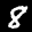
Label: 8